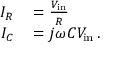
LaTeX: \begin{array} { r l } { I _ { R } } & { { } = { \frac { V _ { \mathrm { i n } } } { R } } } \\ { I _ { C } } & { { } = j \omega C V _ { \mathrm { i n } } \, . } \end{array}